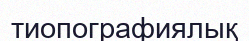
тиопографиялық